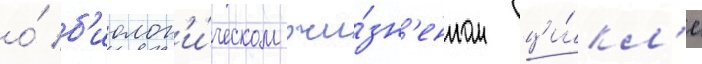
о́ б'иолог'и́ческом жи́зн'енном ци́кл'е